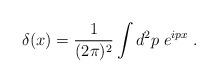
LaTeX: \begin{align*}\delta(x) = \frac{1}{(2\pi)^2} \int d^2p \; e^{ipx} \; .\end{align*}